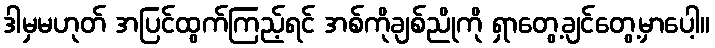
ဒါမှမဟုတ် အပြင်ထွက်ကြည့်ရင် အစ်ကိုချစ်ညိုကို ရှာတွေ့ချင်တွေ့မှာပေါ့။